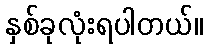
နှစ်ခုလုံးရပါတယ်။